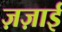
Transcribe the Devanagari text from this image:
ज़ज़ाई